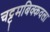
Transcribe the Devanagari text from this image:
चट्टमबिक्कवला